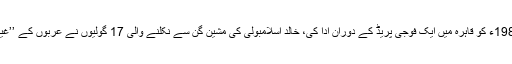
انور سادات نے یہ قیمت چھ اکتوبر 1981ء کو قاہرہ میں ایک فوجی پریڈ کے دوران ادا کی، خالد اسلامبولی کی مشین گن سے نکلنے والی 17 گولیوں نے عربوں کے ’’غیر تحریری‘‘ معاہدے کی توثیق کردی۔